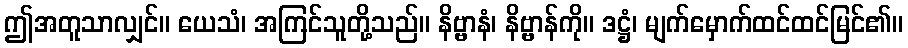
ဤအတူသာလျှင်။ ယေသံ၊ အကြင်သူတို့သည်။ နိဗ္ဗာနံ၊ နိဗ္ဗာန်ကို။ ဒဋ္ဌံ၊ မျက်မှောက်ထင်ထင်မြင်၏။